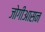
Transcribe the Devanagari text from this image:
जोगीआसन